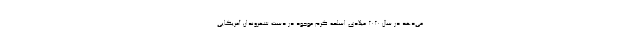
می‌دهد در سال ۲۰۲۰ میلادی اسلحه گرم موجود در دست شهروندان آمریکایی